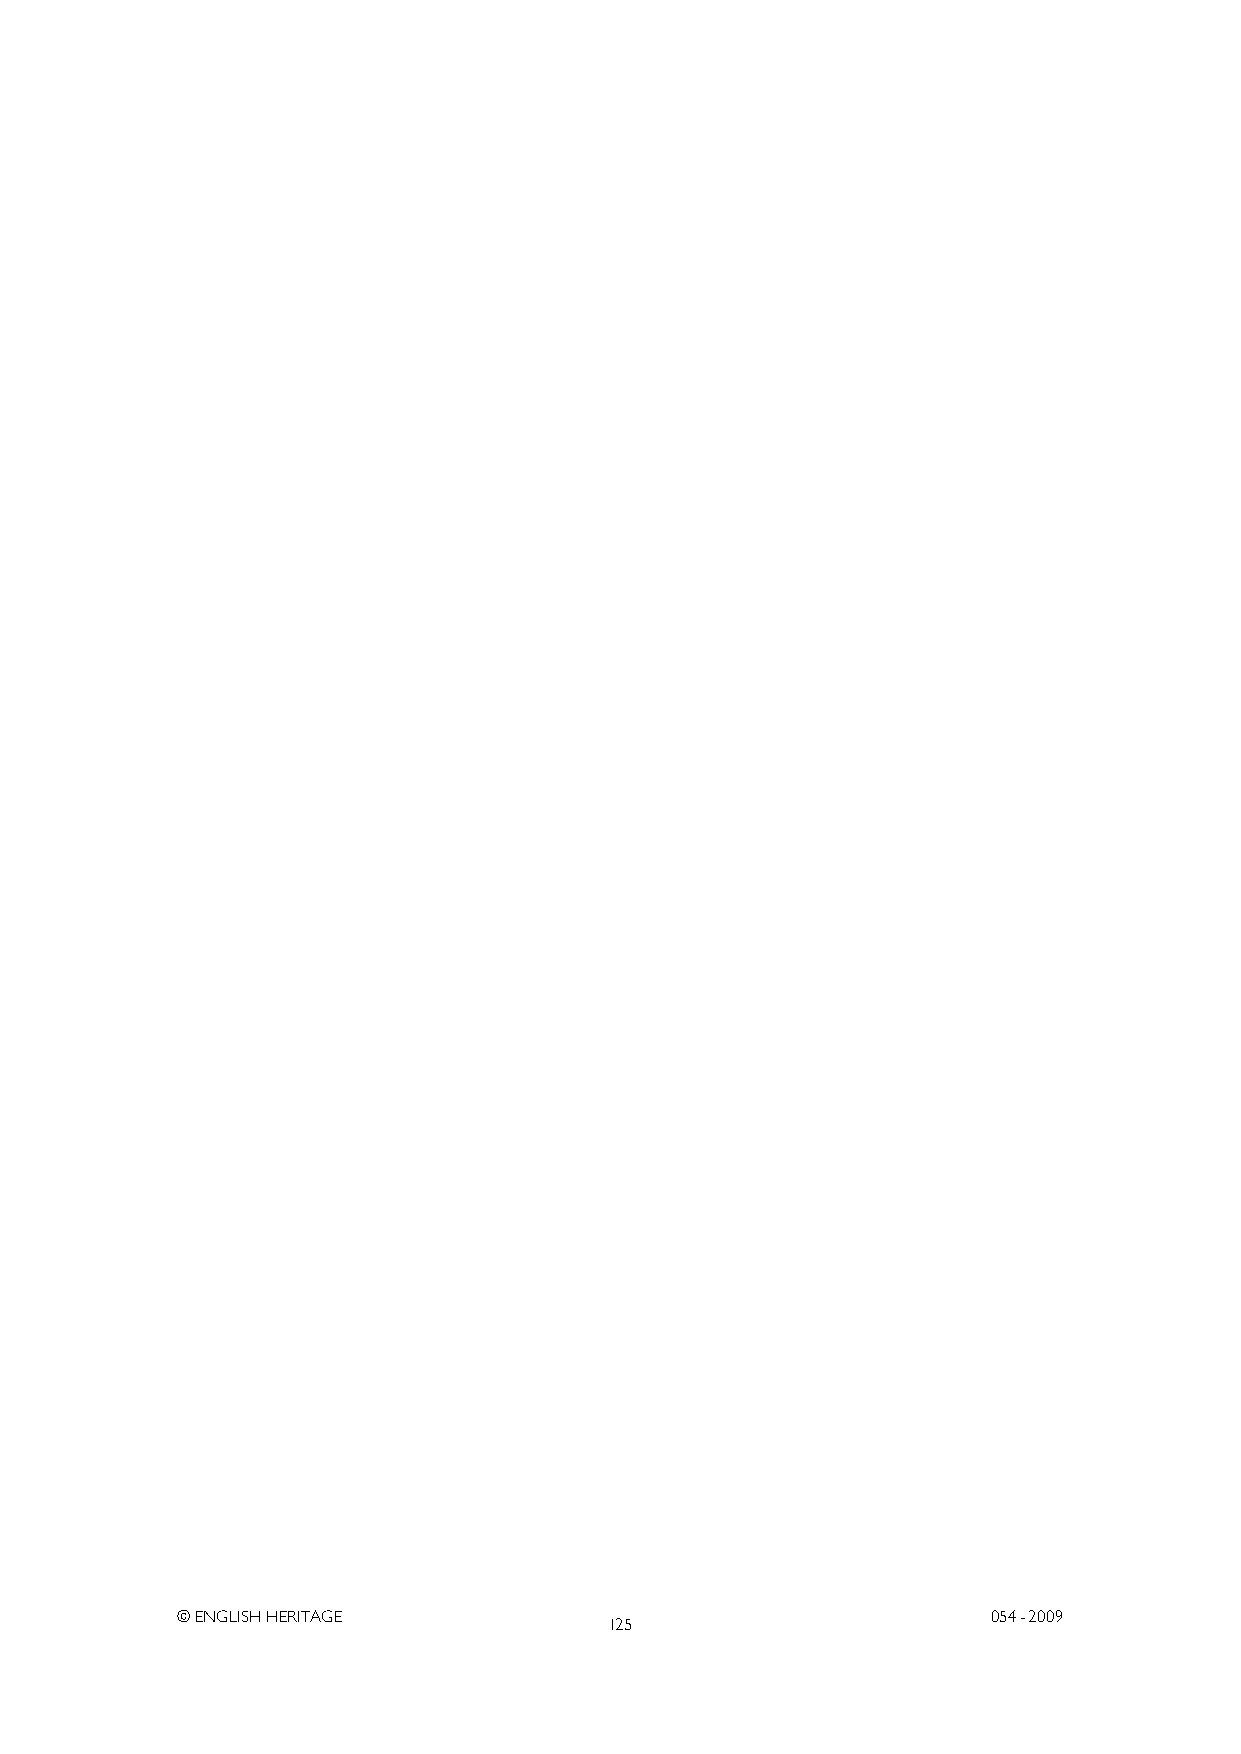
© ENGLISH HERITAGE                                    054- 2009
 125